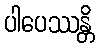
ပါပေဿန္တိ